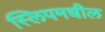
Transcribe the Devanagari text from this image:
स्लिपमधील